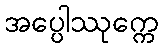
အပ္ပေါဿုက္ကေ